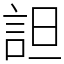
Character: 詚